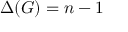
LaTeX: \Delta ( G ) = n - 1